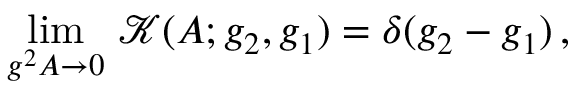
\operatorname * { l i m } _ { g ^ { 2 } A \to 0 } \, \mathcal { K } ( A ; g _ { 2 } , g _ { 1 } ) = \delta ( g _ { 2 } - g _ { 1 } ) \, ,